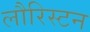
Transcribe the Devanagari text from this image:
लौरिस्टन